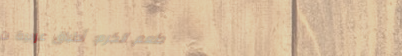
مطعم الكرم: أطباق عربية ت